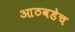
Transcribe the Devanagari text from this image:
आठवडेच